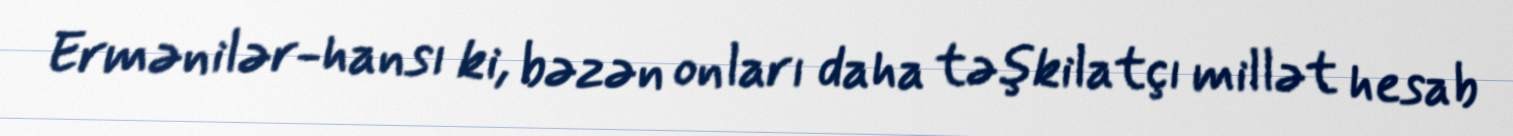
Ermənilər-hansı ki, bəzən onları daha təşkilatçı millət hesab